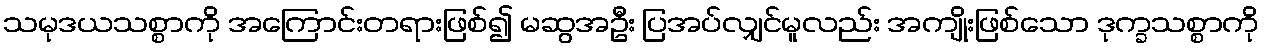
သမုဒယသစ္စာကို အကြောင်းတရားဖြစ်၍ မဆွအဦး ပြအပ်လျှင်မူလည်း အကျိုးဖြစ်သော ဒုက္ခသစ္စာကို